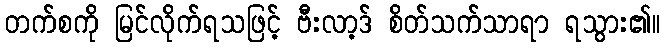
တက်စကို မြင်လိုက်ရသဖြင့် ဗီးလာ့ဒ် စိတ်သက်သာရာ ရသွား၏။